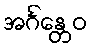
အင်္ဂန္တေဝ